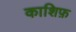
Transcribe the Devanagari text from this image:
काशिफ़